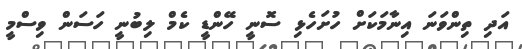
އަދި ތިންވަނަ އިނާމަކަށް ހުށަހެޅި ސޮނީ ހޭންޑީ ކެމް ލިބުނީ ހަސަން ވިސްމީ